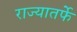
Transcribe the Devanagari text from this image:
राज्यातर्फे